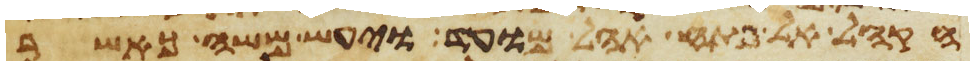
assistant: הקהל אל פתח אהל מועד ויעש משה כאשר